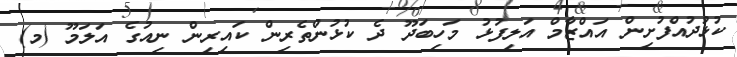
ކުޅުދުއްފުށިން އައްޒާމް އަލިފުޅު މަހިބަދޫ ދެ ކުޅުންތެރިން ކައިރިން ނިއުގެ އަލަމޫ (މ)